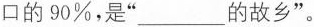
口的90%，是 ” ____ 的故乡 ”。